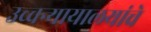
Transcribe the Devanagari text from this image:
उच्चन्यायालयांचे